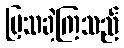
ပြသခဲ့ကြသည်